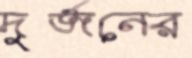
দুর্জনের